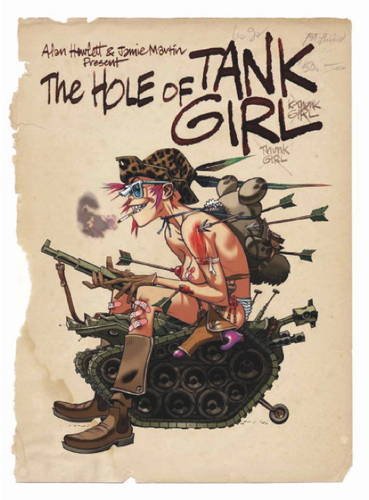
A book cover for The Hole of Tank Girl; Alan Martin; Comics & Graphic Novels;